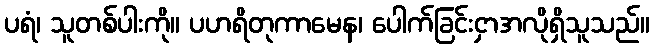
ပရံ၊ သူတစ်ပါးကို။ ပဟရိတုကာမေန၊ ပေါက်ခြင်းငှာအလိုရှိသူသည်။